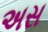
અસ